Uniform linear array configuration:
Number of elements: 64
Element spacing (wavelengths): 0.75
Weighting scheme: hann
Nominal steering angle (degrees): -60
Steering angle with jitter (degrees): -59.857
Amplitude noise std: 0.05
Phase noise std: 0.05

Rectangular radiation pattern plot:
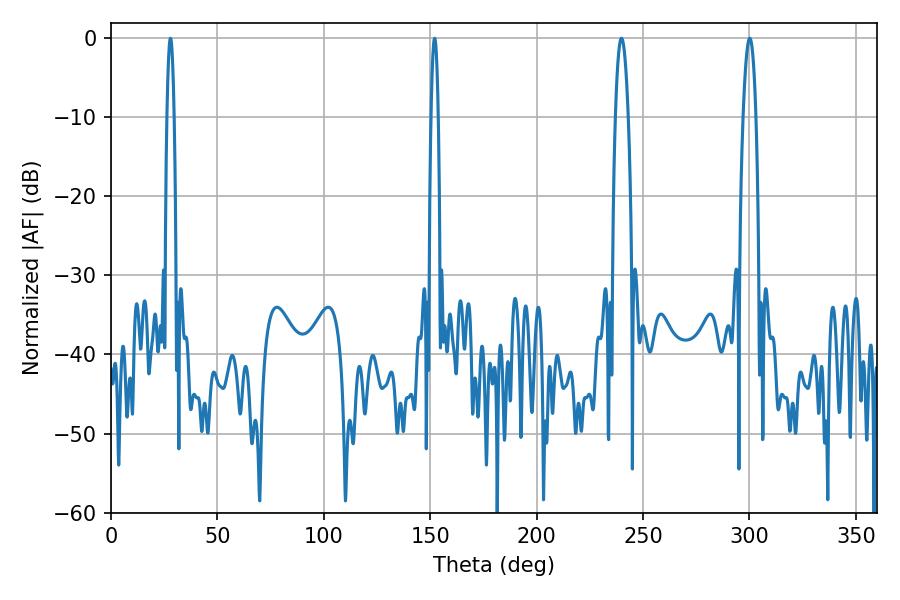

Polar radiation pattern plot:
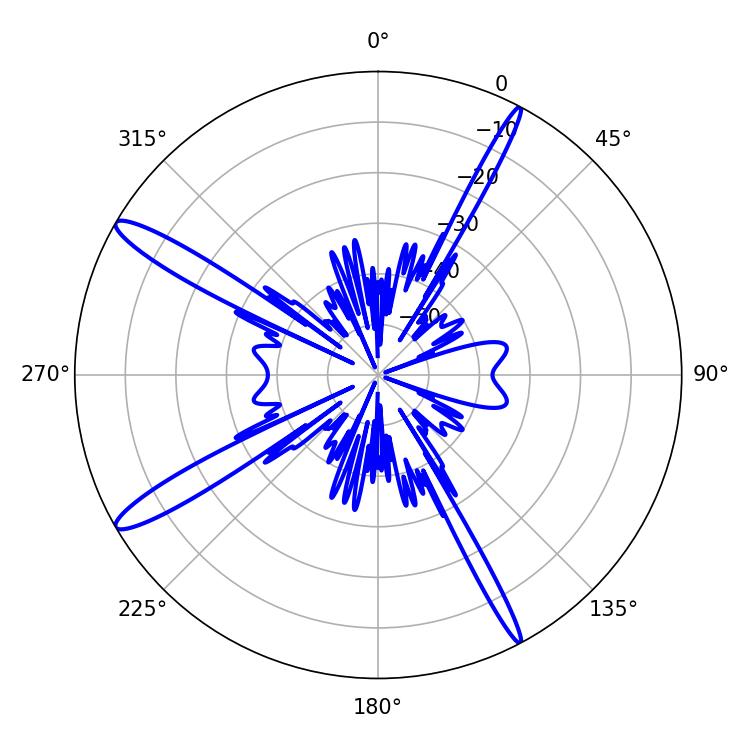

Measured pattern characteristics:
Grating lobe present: TRUE
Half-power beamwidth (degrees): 1.8
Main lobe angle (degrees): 27.9